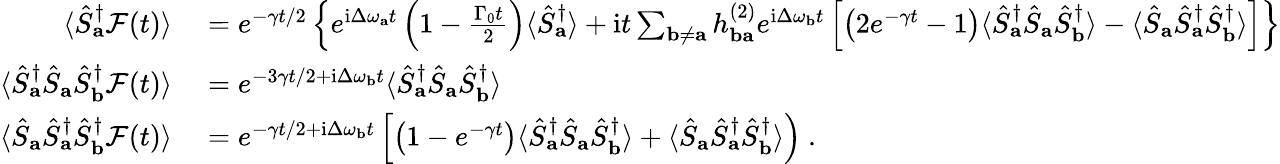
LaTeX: \begin{array}{rl}{\langle\hat{S}_{\mathbf{a}}^{\dagger}\mathcal{F}(t)\rangle}&{{}=e^{-\gamma t/2}\left\{ e^{\mathrm{i}\Delta\omega_{\mathbf{a}}t}\left(1-\frac{\Gamma_{0}t}{2}\right)\langle\hat{S}_{\mathbf{a}}^{\dagger}\rangle+\mathrm{i}t\sum_{\mathbf{b}\neq\mathbf{a}}h_{\mathbf{ba}}^{(2)}e^{\mathrm{i}\Delta\omega_{\mathbf{b}}t}\left[\left(2e^{-\gamma t}-1\right)\langle\hat{S}_{\mathbf{a}}^{\dagger}\hat{S}_{\mathbf{a}}\hat{S}_{\mathbf{b}}^{\dagger}\rangle-\langle\hat{S}_{\mathbf{a}}\hat{S}_{\mathbf{a}}^{\dagger}\hat{S}_{\mathbf{b}}^{\dagger}\rangle\right]\right\} }\\ {\langle\hat{S}_{\mathbf{a}}^{\dagger}\hat{S}_{\mathbf{a}}\hat{S}_{\mathbf{b}}^{\dagger}\mathcal{F}(t)\rangle}&{{}=e^{-3\gamma t/2+\mathrm{i}\Delta\omega_{\mathbf{b}}t}\langle\hat{S}_{\mathbf{a}}^{\dagger}\hat{S}_{\mathbf{a}}\hat{S}_{\mathbf{b}}^{\dagger}\rangle}\\ {\langle\hat{S}_{\mathbf{a}}\hat{S}_{\mathbf{a}}^{\dagger}\hat{S}_{\mathbf{b}}^{\dagger}\mathcal{F}(t)\rangle}&{{}=e^{-\gamma t/2+\mathrm{i}\Delta\omega_{\mathbf{b}}t}\left[\left(1-e^{-\gamma t}\right)\langle\hat{S}_{\mathbf{a}}^{\dagger}\hat{S}_{\mathbf{a}}\hat{S}_{\mathbf{b}}^{\dagger}\rangle+\langle\hat{S}_{\mathbf{a}}\hat{S}_{\mathbf{a}}^{\dagger}\hat{S}_{\mathbf{b}}^{\dagger}\rangle\right)~.}\end{array}